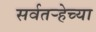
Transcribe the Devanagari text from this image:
सर्वतऱ्हेच्या